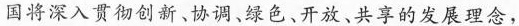
国将深入贯彻创新、协调、绿色、开放、共享的发展理念，